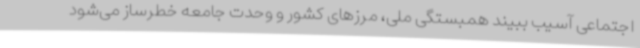
اجتماعی آسیب ببیند همبستگی ملی، مرزهای کشور و وحدت جامعه خطرساز می‌شود